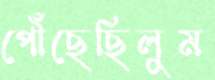
পৌঁছেছিলুম